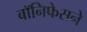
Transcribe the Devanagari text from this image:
बॉनिफेसने